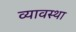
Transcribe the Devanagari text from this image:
व्यावस्था